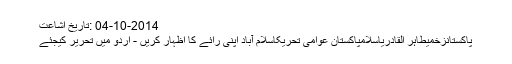
04-10-2014 :تاریخ اشاعت
پاکستانزخمیطاہر القادریاسلامپاکستان عوامی تحریکاسلام آباد اپنی رائے کا اظہار کریں - اُردو میں تحریر کیجئے